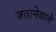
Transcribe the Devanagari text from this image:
जतानेवाले